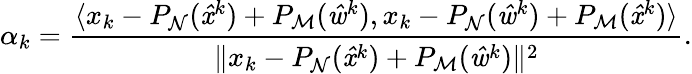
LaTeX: \alpha_{k}=\frac{\langle x_{k}-P_{\mathrm{\mathcal{N}}}(\mathit{\hat{x}}^{k})+P_{\mathrm{\mathcal{M}}}(\mathit{\hat{w}}^{k}),x_{k}-P_{\mathrm{\mathcal{N}}}(\mathit{\hat{w}}^{k})+P_{\mathrm{\mathcal{M}}}(\mathit{\hat{x}}^{k})\rangle}{\| x_{k}-P_{\mathrm{\mathcal{N}}}(\mathit{\hat{x}}^{k})+P_{\mathrm{\mathcal{M}}}(\mathit{\hat{w}}^{k})\| ^{2}}.